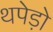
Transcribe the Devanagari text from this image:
थपेड़ो